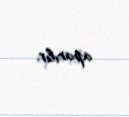
aparılır.